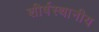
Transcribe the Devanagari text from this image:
शीर्षस्थानीय